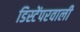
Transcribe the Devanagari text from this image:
डिस्टेंपरवाली